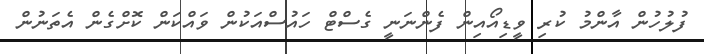
ފުލުހުން އާންމު ކުރި ވީޑިއޯއިން ފެންނަނީ ގެސްޓް ހައުސްއަކުން ވައްކަން ކޮށްގެން އެތަނުން